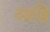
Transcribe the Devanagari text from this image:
व्यष्ठि